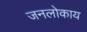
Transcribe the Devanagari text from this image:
जनलोकाय